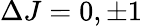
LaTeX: \Delta J=0,\pm 1